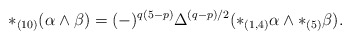
\begin{align*}*_{(10)} (\alpha \wedge \beta) = (-)^{q(5-p)} \Delta^{(q-p)/2} (*_{(1,4)} \alpha \wedge *_{(5)} \beta).\end{align*}